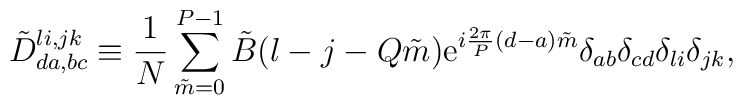
\tilde{D}_{da, bc}^{li,jk}\equiv {1\over N}\sum_{\tilde{m}=0}^{P-1}\tilde{B}(l-j-Q\tilde{m}){\rm e}^{i{2\pi\over P}(d-a)\tilde{m}}\delta_{ab}\delta_{cd}\delta_{li}\delta_{jk} ,